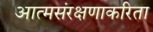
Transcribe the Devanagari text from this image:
आत्मसंरक्षणाकरिता